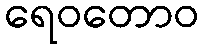
ရေဝတောဝ